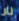
نار